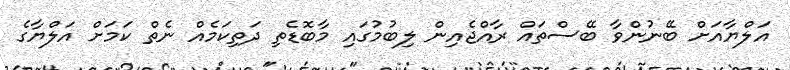
އަލްޔާއަށް ބޭނުންވާ ބޭސްތައް ރާއްޖެއިން ލިބުމުގައި މާބޮޑެތި ދަތިކަމެއް ނެތް ކަމަށް އަލްޔާގެ